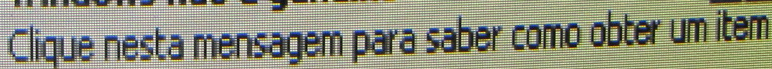
Clique nesta mensagem para saber como obter um item